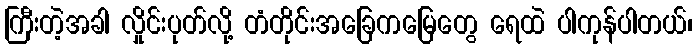
ကြီးတဲ့အခါ လှိုင်းပုတ်လို့ တံတိုင်းအခြေကမြေတွေ ရေထဲ ပါကုန်ပါတယ်၊